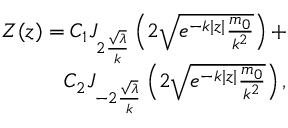
\begin{array} { r } { Z ( z ) = C _ { 1 } J _ { 2 \frac { \sqrt { \lambda } } { k } } \left( 2 \sqrt { e ^ { - k | z | } \frac { { m _ { 0 } } } { k ^ { 2 } } } \right) + } \\ { C _ { 2 } J _ { - 2 \frac { \sqrt { \lambda } } { k } } \left( 2 \sqrt { e ^ { - k | z | } \frac { { m _ { 0 } } } { k ^ { 2 } } } \right) , } \end{array}